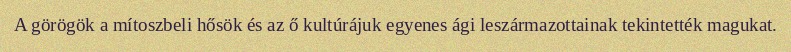
A görögök a mítoszbeli hősök és az ő kultúrájuk egyenes ági leszármazottainak tekintették magukat.